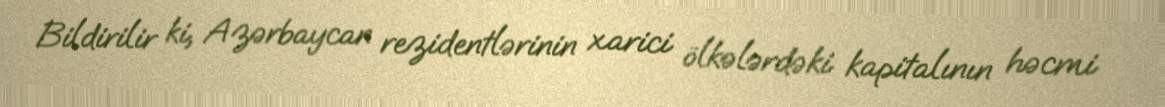
Bildirilir ki, Azərbaycan rezidentlərinin xarici ölkələrdəki kapitalının həcmi